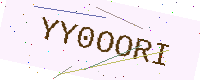
Text: YY0OORI